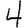
Digit: 4